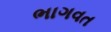
ભાગવત